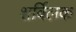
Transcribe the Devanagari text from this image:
शर्विलक